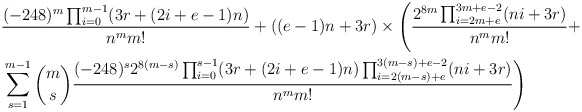
\begin{align*}&\frac{(-248)^m\prod_{i = 0}^{m-1}(3r+(2i+e-1)n)}{n^mm!}+((e-1)n+3r)\times \left(\frac{2^{8m}\prod_{i=2m+e}^{3m+e-2}(ni+3r)}{n^mm!} +\right.\\&\left.\sum_{s =1}^{m-1}\binom{m}{s}\frac{(-248)^{s}2^{8(m-s)}\prod_{i = 0}^{s-1}(3r+(2i+e-1)n)\prod_{i=2(m-s)+e}^{3(m-s)+e-2}(ni+3r)}{n^{m}m!}\right)\end{align*}